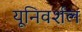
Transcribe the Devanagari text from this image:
यूनिवर्शल